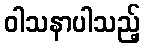
ဝါသနာပါသည့်